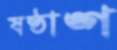
ষষ্ঠাঙ্গ